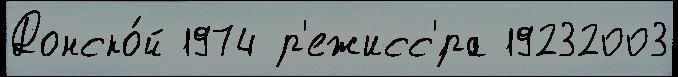
Донско́й 1974 р'ежисс'́ра 19232003